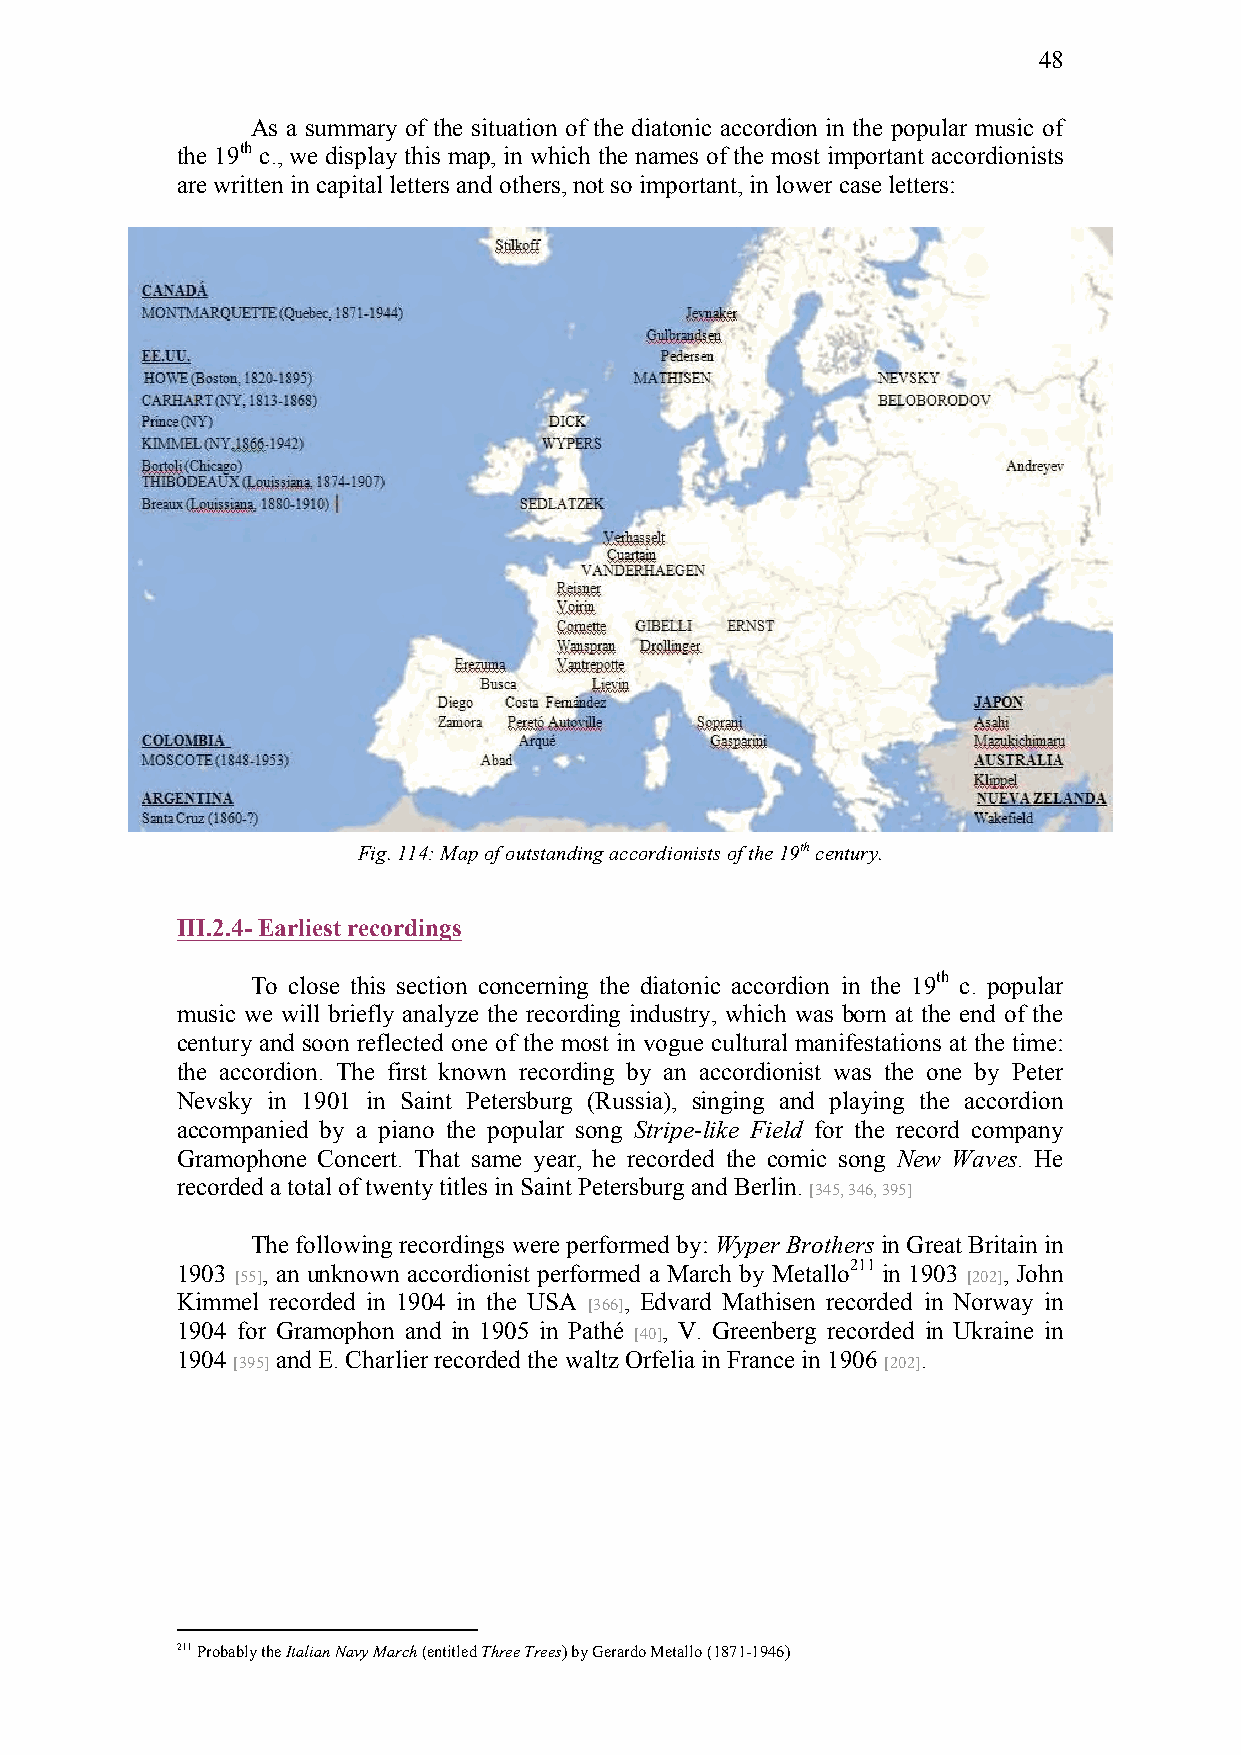
48
 As a summary of the situation of the diatonic accordion in the popular music of
 the 19th c., we display this map, in which the names of the most important accordionists
 are written in capital letters and others, not so important, in lower case letters:
 Fig. 114: Map of outstanding accordionists of the 19th century.
 III.2.4- Earliest recordings
 To close this section concerning the diatonic accordion in the 19th c. popular
 music we will briefly analyze the recording industry, which was born at the end of the
 century and soon reflected one of the most in vogue cultural manifestations at the time:
 the accordion. The first known recording by an accordionist was the one by Peter
 Nevsky in 1901 in Saint Petersburg (Russia), singing and playing the accordion
 accompanied by a piano the popular song Stripe-like Field for the record company
 Gramophone Concert. That same year, he recorded the comic song New Waves. He
 recorded a total of twenty titles in Saint Petersburg and Berlin.
 [345, 346, 395]
 The following recordings were performed by: Wyper Brothers in Great Britain in
 1903 , an unknown accordionist performed a March by Metallo211 in 1903 , John
 [55]                                            [202]
 Kimmel recorded in 1904 in the USA , Edvard Mathisen recorded in Norway in
 [366]
 1904 for Gramophon and in 1905 in Pathé , V. Greenberg recorded in Ukraine in
 [40]
 1904  and E. Charlier recorded the waltz Orfelia in France in 1906 .
 [395]                                       [202]
 211 Probably the Italian Navy March (entitled Three Trees) by Gerardo Metallo (1871-1946)